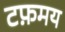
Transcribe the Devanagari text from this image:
टफ़मय